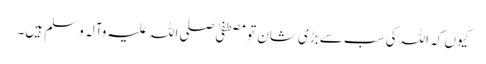
کیوں کہ اللہ کی سب سے بڑی شان تو مصطفیٰ صلی اللہ علیہ وآلہ وسلم ہیں۔